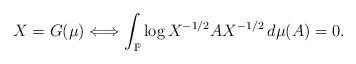
LaTeX: \begin{align*}X=G(\mu)\Longleftrightarrow \int_{{\Bbb P}}\log X^{-1/2}AX^{-1/2}\,d\mu(A)=0.\end{align*}